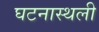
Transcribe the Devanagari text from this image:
घटनास्थली